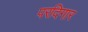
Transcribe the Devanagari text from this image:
परदिगार